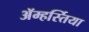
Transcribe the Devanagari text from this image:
ॲम्हर्स्तिया